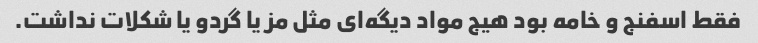
فقط اسفنج و خامه بود هیج مواد دیگه‌ای مثل مز یا گردو یا شکلات نداشت.